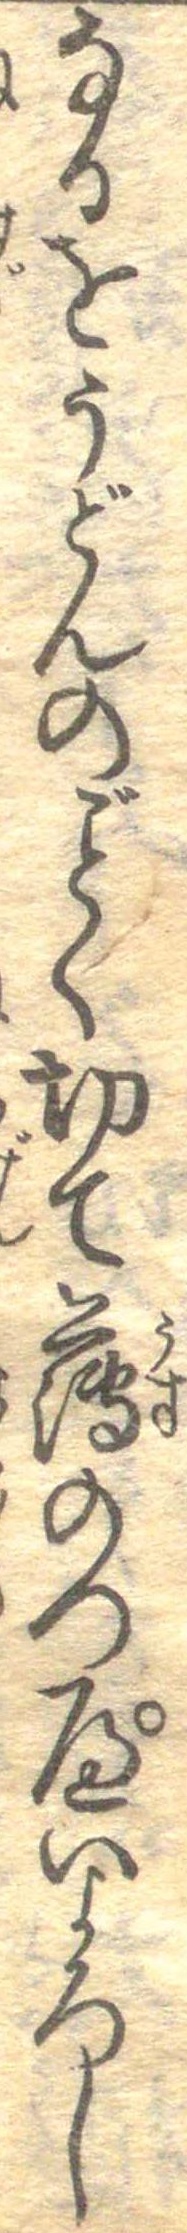
なるをうどんのごとく切て薄のつぺいよろし